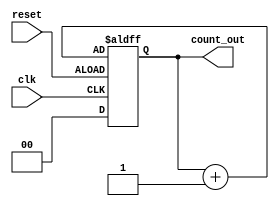
`timescale 1ns / 1ps
//////////////////////////////////////////////////////////////////////////////////
// Company: 
// Engineer: 
// 
// Design Name: 
// Module Name:    u 
// Project Name: 
// Target Devices: 
// Tool versions: 
// Description: 
//
// Dependencies: 
//
// Revision: 
// Revision 0.01 - File Created
// Additional Comments: 
//
//////////////////////////////////////////////////////////////////////////////////
module u(reset,clk,count_out);
input reset,clk;
output [1:0]count_out;
reg [1:0]count_up=2'b00;
always@(posedge clk,negedge reset)
begin
if(reset)
count_up=2'b00;
else
count_up=count_up+2'b01;
end
assign count_out=count_up;
endmodule